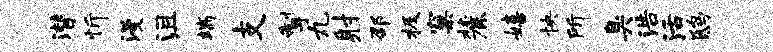
潜忻漫沮端支掣丸射邵极窠麓嬉怏所臭浩活鸱